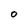
Character: O